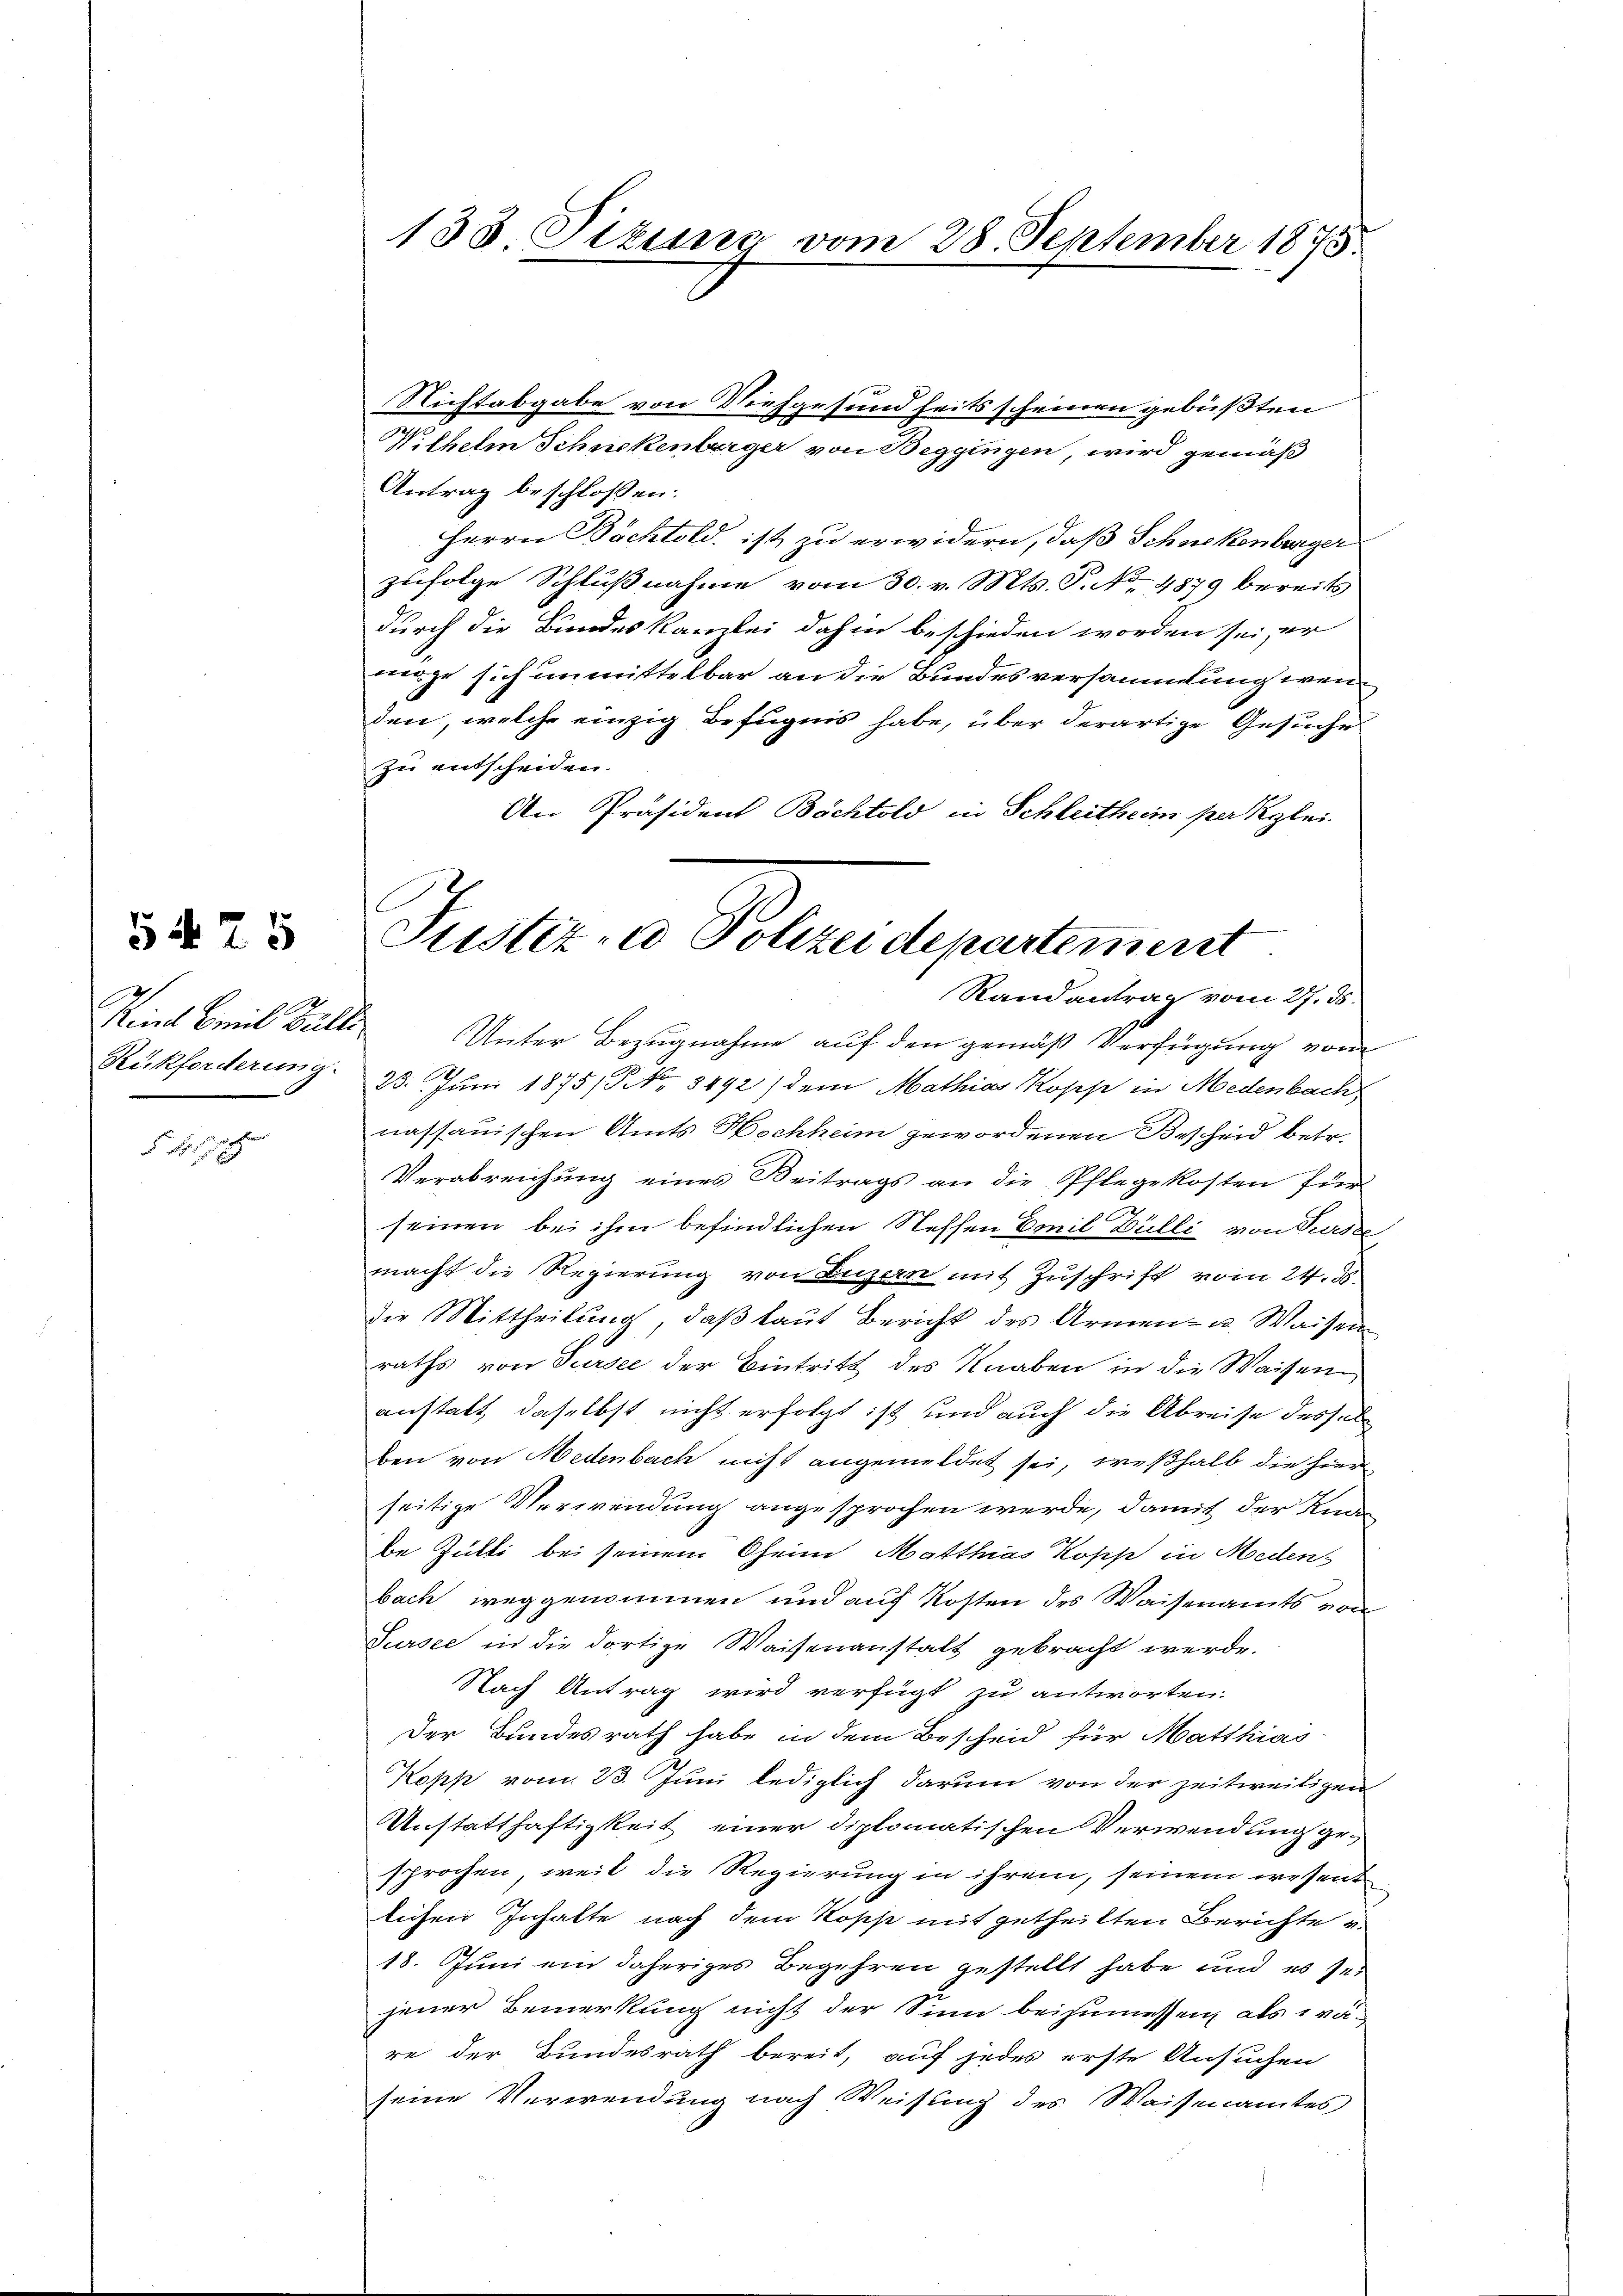
Rückforderung.

5425

d. Er so sehen

133 Sizung vom 28. September 1875.

Nichtabgabe von Viehgesundheits scheinen gebüßten
Wilhelm Schnikenberger von Beggingen, wird gemäß
Antrag beschlossen:
Herrn Bächtold, ist zu erwidern, daß Schnekenburger
zufolge Schlußnahme vom 30. v. Mts. S. No. 4879 bereits
durch die Bundeskanzlei dahin beschieden worden sei, er
wige sich unmittelbar an die Bundesversammlung wenden, welche einzig Befugnis habe, über derartige Gesuche
zu entscheiden.
An Präsident Bächtold in Schleitheim patzlei
Randantrag vom 27. ds.
Kind Emil Bulle Unter Bezugnahme auf den gemäß Verfügung vom
23. Juni 1875, No 8492) dem Mathias Kopp in Medenbach
nassauischen Amts Hochheim gewordenen Bescheid betr.
Verabreichung eines Beitrags an die Pflegekosten für
seinen bei ihm befindlichen Neffen Emil Bulli von Sursee
macht die Regierung von Luzern mit Zuschrift vom 24. ds
die Mittheilung, daß laut Bericht des Armen- u. Waisen
raths von Sursee der Eintritt des Knaben in die Waisen
anstalt daselbst nicht erfolgt ist und auch die Abreise desselben von Medenbach nicht angemeldet sei, weßhalb die hier
seitige Verwendung angesprochen werde, damit der Kna
Be Zülli bei seinem Oheim Matthias Kopp in Meden
bach weggenommen und auf Kosten des Waisenamts von
Sursee in die dortige Waisenanstalt gebracht werde.
Nach Antrag wird verfügt zu antworten.
Der Bundesrath habe in dem Bescheid für Matthias
Kopp vom 23. Juni lediglich darum von der zeitweiligen
Anstatthaftigkeit einer diplomatischen Verwendung gesprochen, weil die Regierung in ihrem, seinem wesent
lichen Inhalte nach dem Rosse mit getheilten Berichte u.
18. Juni ein daheriges Begehren gestellt habe und es sei
jener Bemerkung nicht der Sinn beizumessen, als wä-
re der Bundesrath bereit, auf jedes erste Ansuchen
seine Verwendung nach Weisung des Waisenamtes

Justiz- & Polizeidepartement